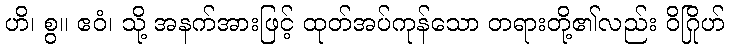
ဟိ၊ စွ။ ဧဝံ၊ သို့ အနက်အားဖြင့် ထုတ်အပ်ကုန်သော တရားတို့၏လည်း ဝိဂြိုဟ်